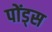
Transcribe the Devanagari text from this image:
पोंड्स